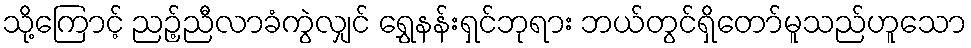
သို့ကြောင့် ညဉ့်ညီလာခံကွဲလျှင် ရွှေနန်းရှင်ဘုရား ဘယ်တွင်ရှိတော်မူသည်ဟူသော